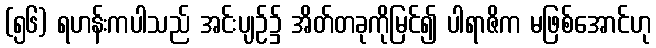
(၅၆) ရဟန်းကပါသည် အင်းပျဉ်၌ အိတ်တခုကိုမြင်၍ ပါရာဇိက မဖြစ်အောင်ဟု